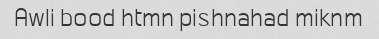
Awli bood htmn pishnahad miknm